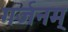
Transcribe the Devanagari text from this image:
गर्जनम्‌